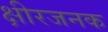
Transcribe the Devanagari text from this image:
क्षीरजनक